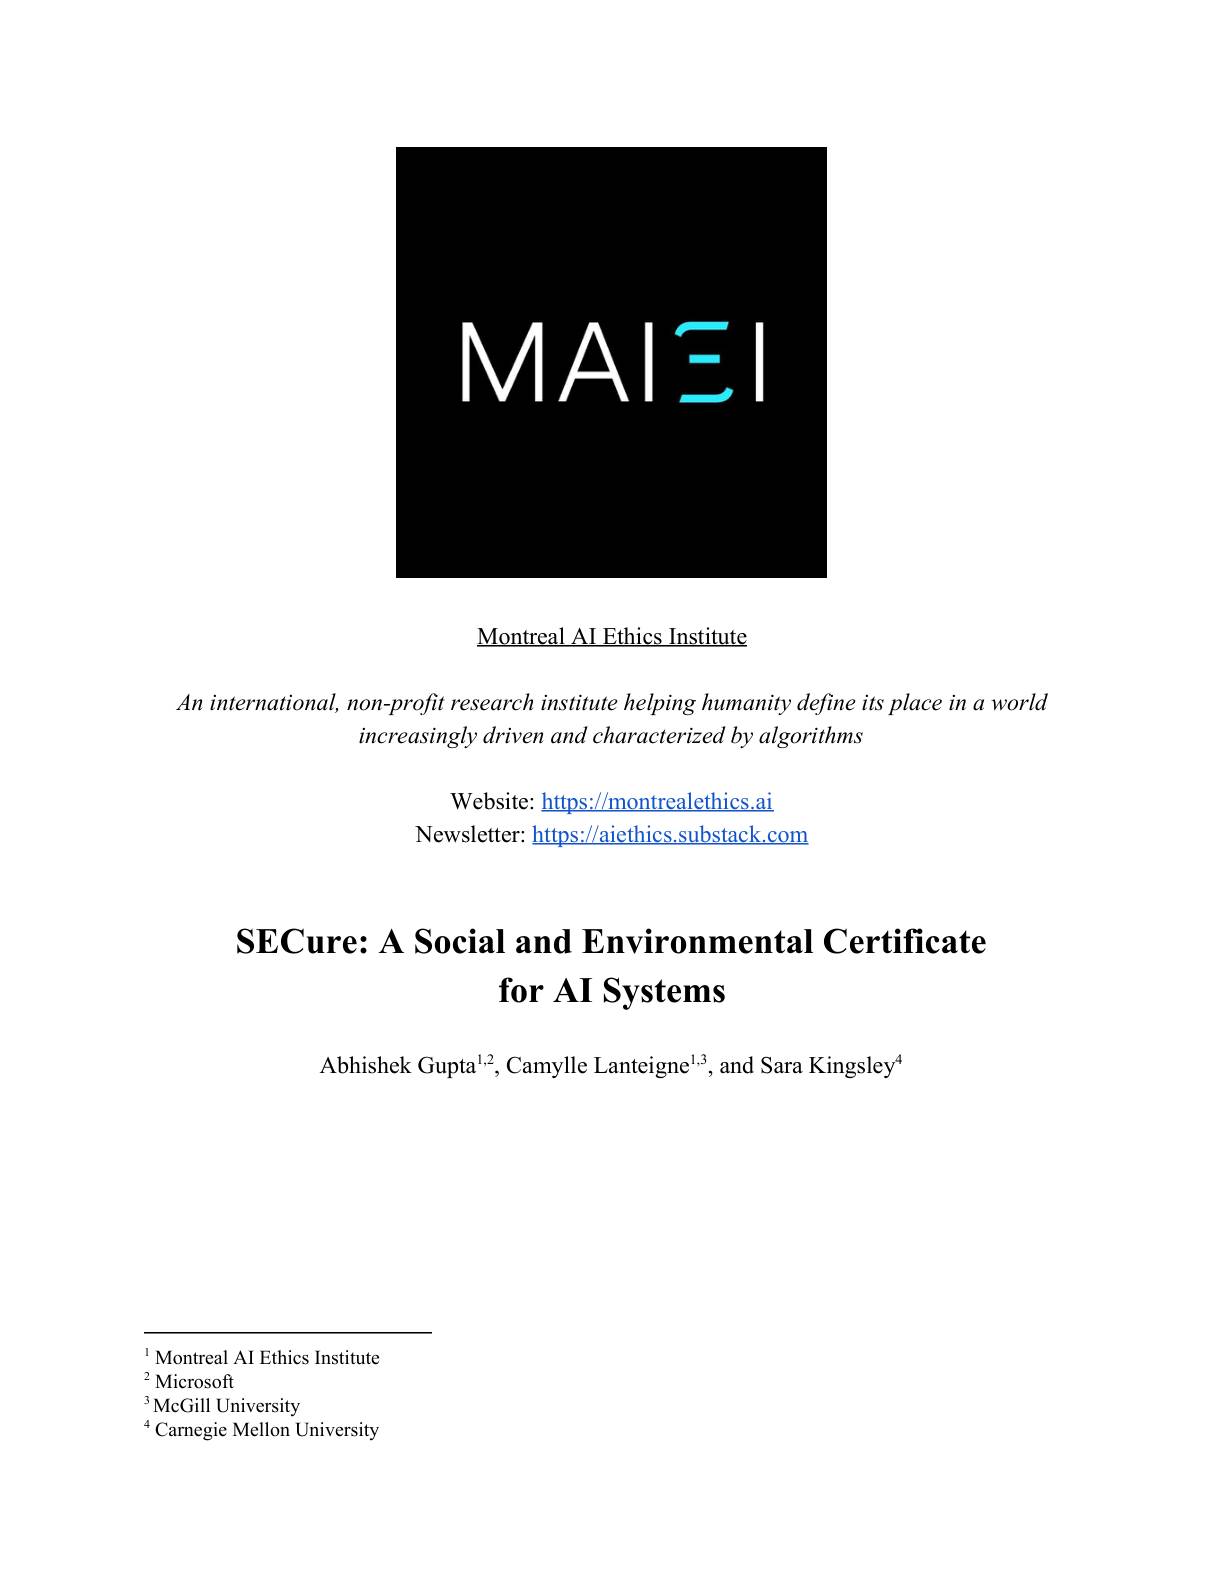
<FigureHere>

Montreal AI Ethics Institute

$An$ international, non-profit research institute helping humanity define its place in a world
increasingly driven and characterized by algorithms

Website: https://montrealethics.ai
Newsletter: https://aiethics.substack.com

# SECure: A Social and Environmental Certificate $\textbf{for AI Systems}$

Abhishek Gupta$^1,2$, Camylle Lanteigne$^1,3$, and Sara Kingsley$^{(\text{Tor})}$

$^{1}$ Montreal AI Ethics Institute
$^{2}$Microsoft
$^{3}{\mathrm{McGill~University}}$
$^{4}{\mathrm{Carnegie~Mellon~University}}$